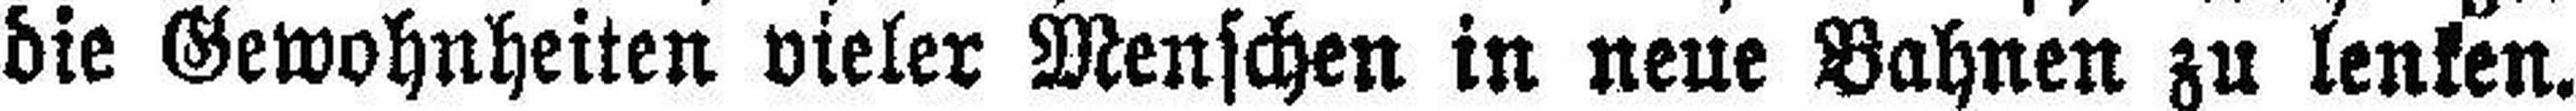
die Gewohnheiten vieler Menschen in neue Bahnen zu lenken.